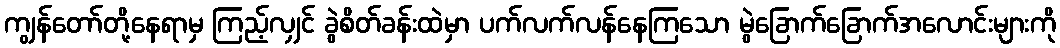
ကျွန်တော်တို့နေရာမှ ကြည့်လျှင် ခွဲစိတ်ခန်းထဲမှာ ပက်လက်လန်နေကြသော မွဲခြောက်ခြောက်အလောင်းများကို